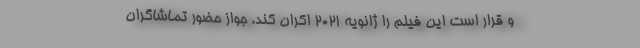
و قرار است این فیلم را ژانویه ۲۰۲۱ اکران کند. جواز حضور تماشاگران